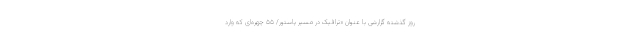
روز گذشته گزارشی با عنوان «ترافیک در مسیر پاستور/ ۵۵ چهره‌ای که وارد